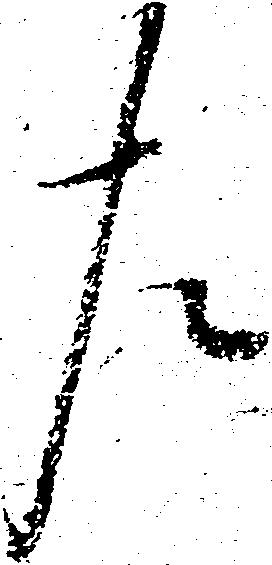
左